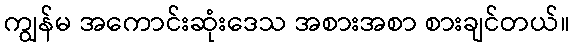
ကျွန်မ အကောင်းဆုံးဒေသ အစားအစာ စားချင်တယ်။